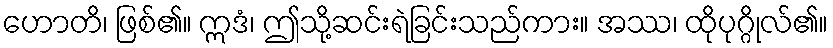
ဟောတိ၊ ဖြစ်၏။ ဣဒံ၊ ဤသို့ဆင်းရဲခြင်းသည်ကား။ အဿ၊ ထိုပုဂ္ဂိုလ်၏။